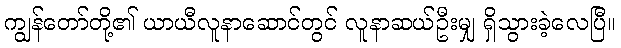
ကျွန်တော်တို့၏ ယာယီလူနာဆောင်တွင် လူနာဆယ်ဦးမျှ ရှိသွားခဲ့လေပြီ။